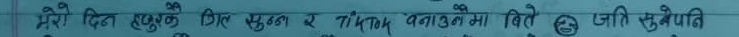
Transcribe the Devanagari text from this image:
मेरी दिन हुनुके मित्र भुत्र र लाक बनाउनमा बिते उनी सुधरेपति